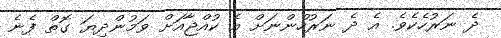
ދެ ނަރުހެކެވެ. އެ ދެ ނަރުހުންނަށް އެ ކުއްޖާއަށް ވަމުންދިޔަ ގޮތް ފެނެ